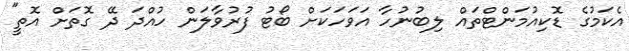
އެކަމުގެ ޑޮކިއުމަންޓްތައް ލިބުނުހާ އަވަހަކަށް ބޯޓު ފުރުވާލަން ހުއްދަ ދޭ ގޮތަށް އޮތީ"